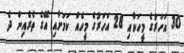
30 އަހަރުގެ މީހަކާއި 28 އަހަރުގެ މީހެއް ކަމަށާއި އޭގެ ތެރެއިން ދެ